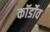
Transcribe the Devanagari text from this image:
कॉर्डोव